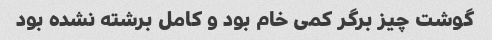
گوشت چیز برگر کمی خام بود و کامل برشته نشده بود